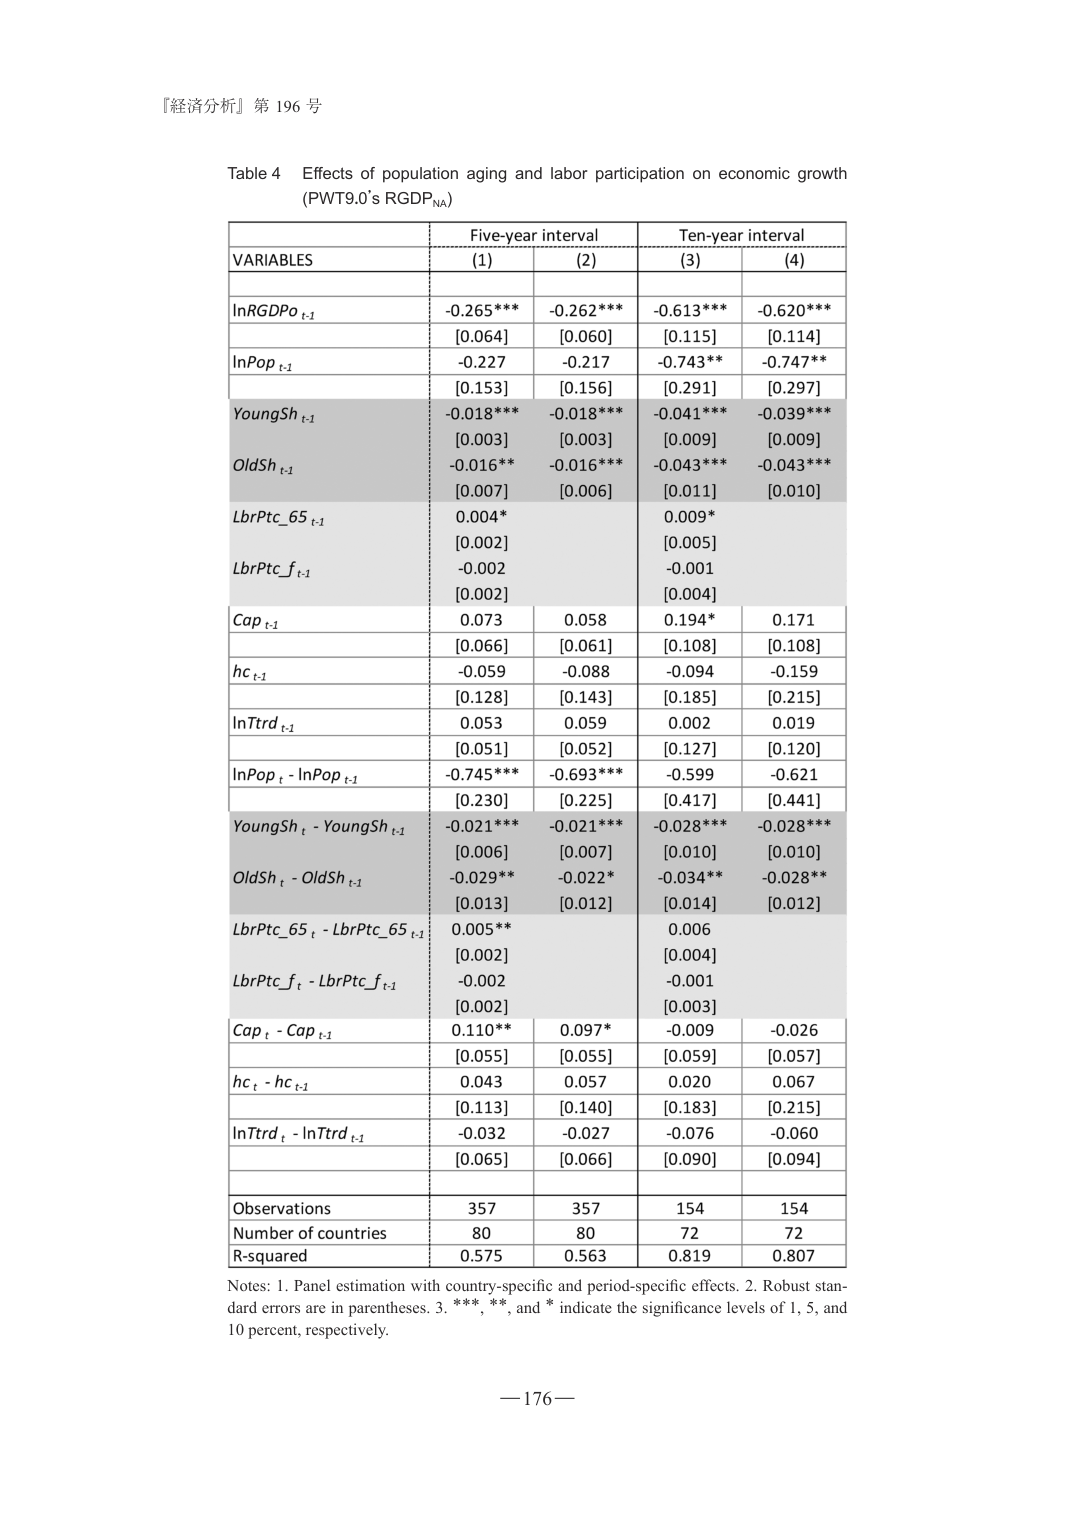
『経済分析』第 196 号

Table 4 Effects of population aging and labor participation on economic growth
(PWT9.0’s RGDPNA)

VARIABLES          Five-year interval      Ten-year interval
                  (1)       (2)       (3)       (4)

lnRGDPo t-1        -0.265***  -0.262***  -0.613***  -0.620***
                   [0.064]    [0.060]    [0.115]    [0.114]

lnPop t-1          -0.227     -0.217     -0.743**   -0.747**
                   [0.153]    [0.156]    [0.291]    [0.297]

YoungSh t-1        -0.018***  -0.018***  -0.041***  -0.039***
                   [0.003]    [0.003]    [0.009]    [0.009]

OldSh t-1          -0.016**   -0.016***  -0.043***  -0.043***
                   [0.007]    [0.006]    [0.011]    [0.010]

LbrPtc_65 t-1      0.004*     0.002      0.009*     0.005
                   [0.002]    [0.002]    [0.005]    [0.004]

LbrPtc_f t-1       -0.002     -0.001
                   [0.002]    [0.004]

Cap t-1            0.073      0.058      0.194*     0.171
                   [0.066]    [0.061]    [0.108]    [0.108]

hc t-1             -0.059     -0.088     -0.094     -0.159
                   [0.128]    [0.143]    [0.185]    [0.215]

lnTrtd t-1         0.053      0.059      0.002      0.019
                   [0.051]    [0.052]    [0.127]    [0.120]

lnPop t - lnPop t-1 -0.745***  -0.693***  -0.599     -0.621
                   [0.230]    [0.225]    [0.417]    [0.441]

YoungSh t - YoungSh t-1 -0.021***  -0.021***  -0.028***  -0.028***
                   [0.006]    [0.007]    [0.010]    [0.010]

OldSh t - OldSh t-1   -0.029**   -0.022*    -0.034**   -0.028**
                   [0.013]    [0.012]    [0.013]    [0.012]

LbrPtc_65 t - LbrPtc_65 t-1 0.005**   0.006
                   [0.002]    [0.004]

LbrPtc_f t - LbrPtc_f t-1  -0.002     -0.001
                   [0.002]    [0.003]

Cap t - Cap t-1    0.110**    0.097*     -0.009     -0.026
                   [0.055]    [0.055]    [0.059]    [0.057]

hc t - hc t-1      0.043      0.057      0.020      0.067
                   [0.113]    [0.140]    [0.183]    [0.215]

lnTrtd t - lnTrtd t-1 -0.032     -0.027     -0.076     -0.060
                   [0.065]    [0.066]    [0.090]    [0.094]

Observations       357        357        154        154
Number of countries 80         80         72         72
R-squared          0.575      0.563      0.819      0.807

Notes: 1. Panel estimation with country-specific and period-specific effects. 2. Robust standard errors are in parentheses. 3. ***, **, and * indicate the significance levels of 1, 5, and 10 percent, respectively.

—176—